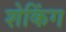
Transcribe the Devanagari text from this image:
शेकिंग